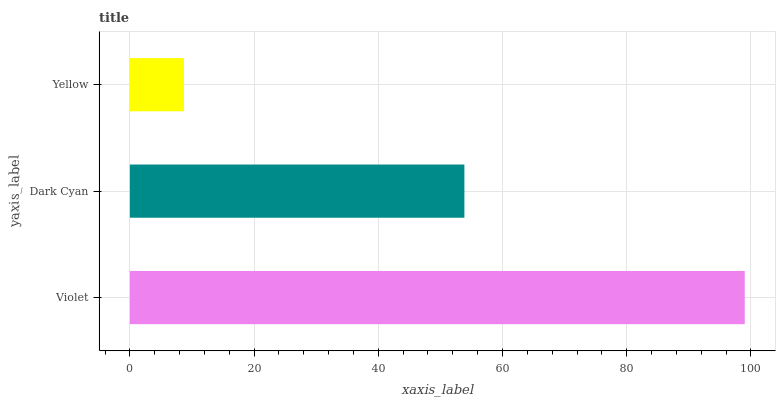
| yaxis_label | bars |
 | --- | --- |
 | Violet | 99 |
 | Dark Cyan | 53.9 |
 | Yellow | 8.72 |